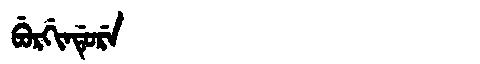
Manchu: ᠪᡠᡵᡤᡳᠨᡩᡠᡵᡝ
Romanization: BURGINDURE